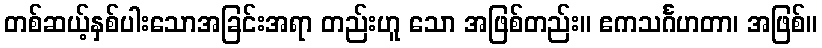
တစ်ဆယ့်နှစ်ပါးသောအခြင်းအရာ တည်းဟူ သော အဖြစ်တည်း။ ဧကသင်္ဂဟတာ၊ အဖြစ်။